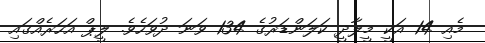
މެއި 14 އަކީ މީލާދީ ކަލަންޑަރުގެ 134 ވަނަ ދުވަހެވެ. ލީޕް އަހަރެއްގައި